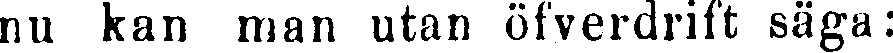
nu kan man utan öfverdrift säga: